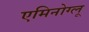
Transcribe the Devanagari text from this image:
एमिनोग्लू